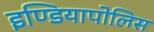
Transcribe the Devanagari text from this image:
इण्डियापोलिस